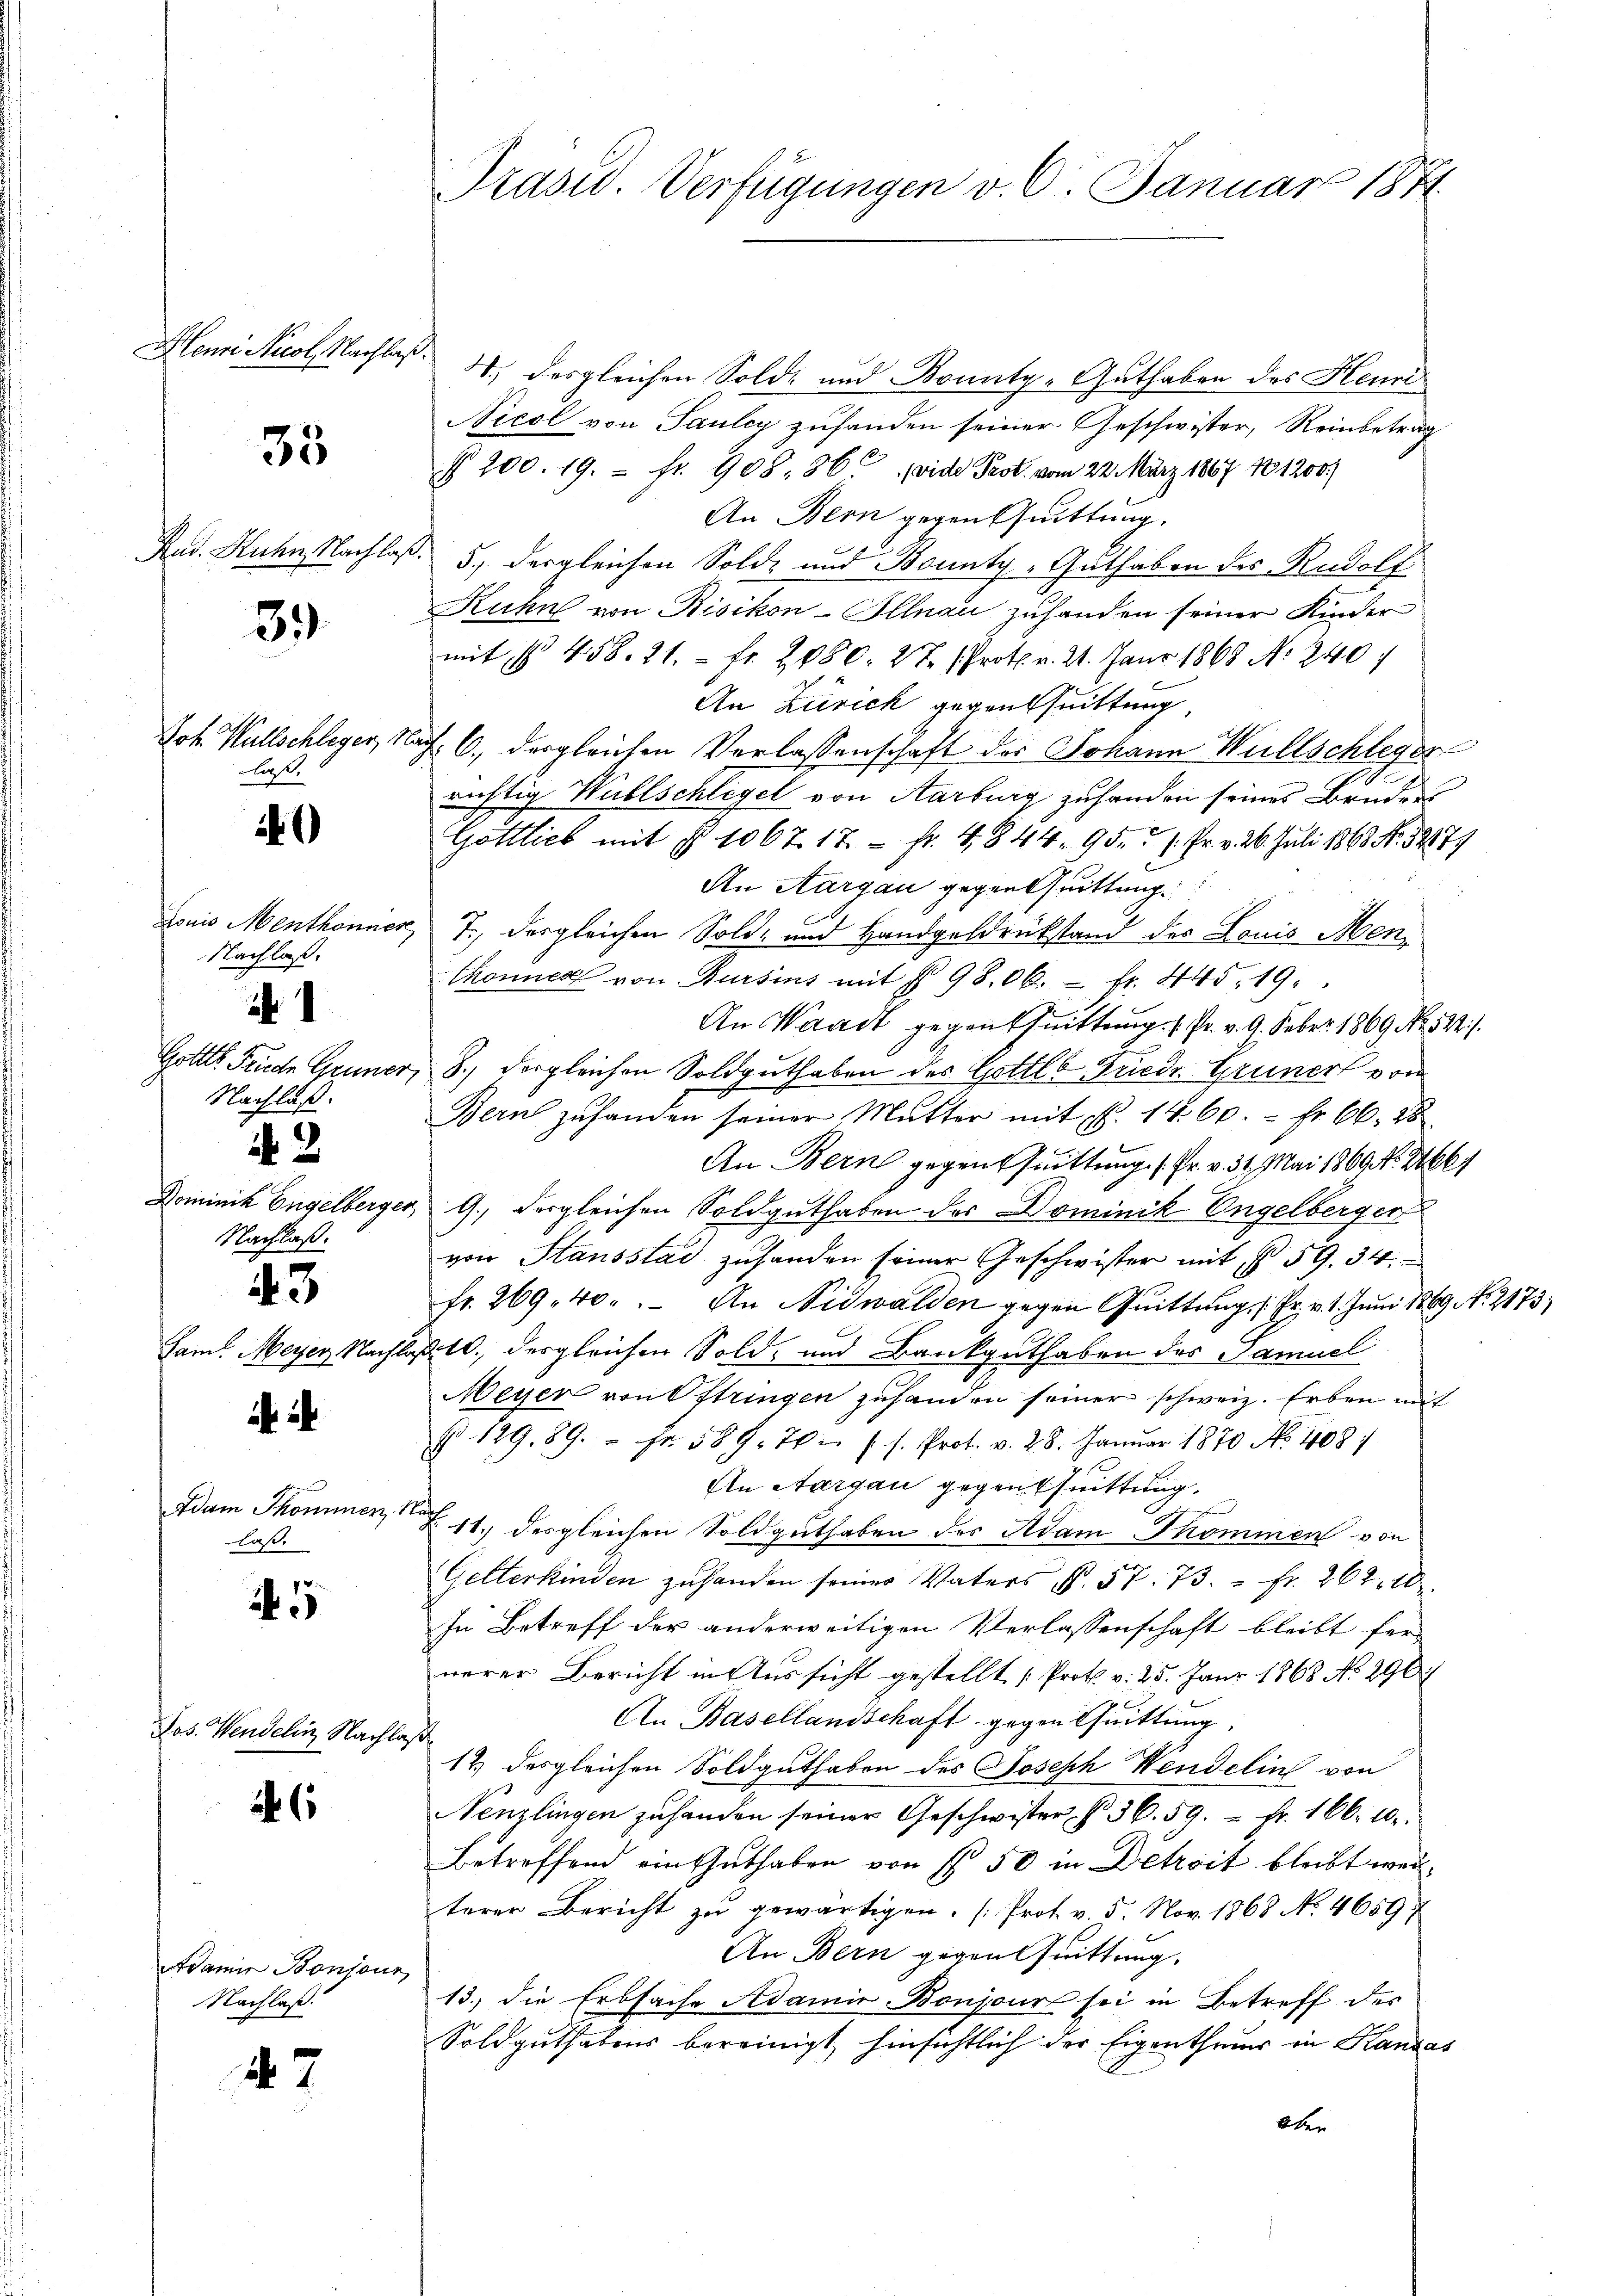
Henri Nicol, Nachlaß.

39

35

Rud. Ruhen Nachlaß.

las.

0

Louis Menthonnes
Nachlaß.

1
Gottes Früche Gener,
Nachlaß.

2
Dominik Engelberger,
Nachlaß.

43

sam. Meyer, Nachlag

Adam Thommen, N.
laß.

5

Jos. Wendelin Nachlaß

6

Adame Bonjour
Nachlaß.

47

d

Präsid. Verfügungen v. 6. Januar 1871

1.) Desgleichen Solde und Bounty-Guthaben des Heuri
Nicol von Pauley zuhanden seiner Geschwister, Reinbetrag
§ 200. 19. fr. 908. 36. (vide Prot. vom 22. März 1867 No 1200.
An Bern gegen Quittung.
5., dergleichen Solde und Bounty-Guthaben des Rudolf
Ruhn von Risikon-Illnau zuhanden seiner Kinder
mit § 458. 21. - Fr. 2080. 27. Prot. v. 21. Janr 1868 No 240.
An Zürich gegentuittung,
Joh. Wallschleger, Nach 6., dergleichen Verlassenschaft der Johann Willschleger
richtig Willschlegel von Aarburg zuhanden seines Bruders
Gottlich mit § 1067 17. - Fr. 4844. 95. 1. Fr. v. 26. Juli 1863 No. 32879
An Aargau gegenthuittung
7., dergleichen Sold- und Handgeldrückstand des Louis Men¬
Thonnes von Bursins mit § 9800. fr. 445. 19.
An Waadt gegen Quittung ( Pr. v. 9. Feber 1869 No 522).
8.) Dergleichen Soldguthaben des Gottlob Friedr. Gruner von
Bern zuhanden seiner Mŭtter mit fl. 1460. - Fr. 66. 28
An Bern gegen sittung s. Fr. v. 31. Mai 1869 No 261
9.) Desgleichen Soldguthaben des Dominik Engelberger
von Stausstad zuhanden seiner Geschwister mit § 59. 34.
fr. 269. 40. An Nidwalden gegen Quittung (: Fr. v. 1. Juni 1869 No 2173;
210. dergleichen Sold, und Bankguthaben des Samuel
Meyer von Estringen zuhanden seiner schweiz. Erben mit
No 129. 89. " fr. 589. The (s. Prot. v. 28. Januar 1870 No 1087
An Aargau gegenthuittung.
11.) Desgleichen Soldguthaben des Adam Sommen von
Gelterkinden zu handen seiner Vaters N. 57. 73.  Fr. 262. 10
In Betreff der anderweitigen Verlassenschaft bleibt fer
nerer Bericht in Aussicht gestellt [Prot. v. 25. Janr 1868 No 296
An Basellandschaft gegen Quittung
12 desgleichen Soldguthaben des Joseph Wendelins von
Nenzlingen zuhanden seiner Geschwister §. 36. 59.  Fr. 160. 10.
Betroffend ein Guthaben von § 50 in Detreit bleibt werterer Bericht zŭ gewärtigen. (Prot. v. 5. Nov. 1868 No. 4659.
An Bern gegen Quittung.
13.) die Erbsache Adamit Bonjour sei in Betreff des
Soldguthabens bereinigt, hinsichtlich der Eigenthums in Handas
aber